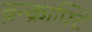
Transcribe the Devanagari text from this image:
ब्रैन्क्राफ्टि